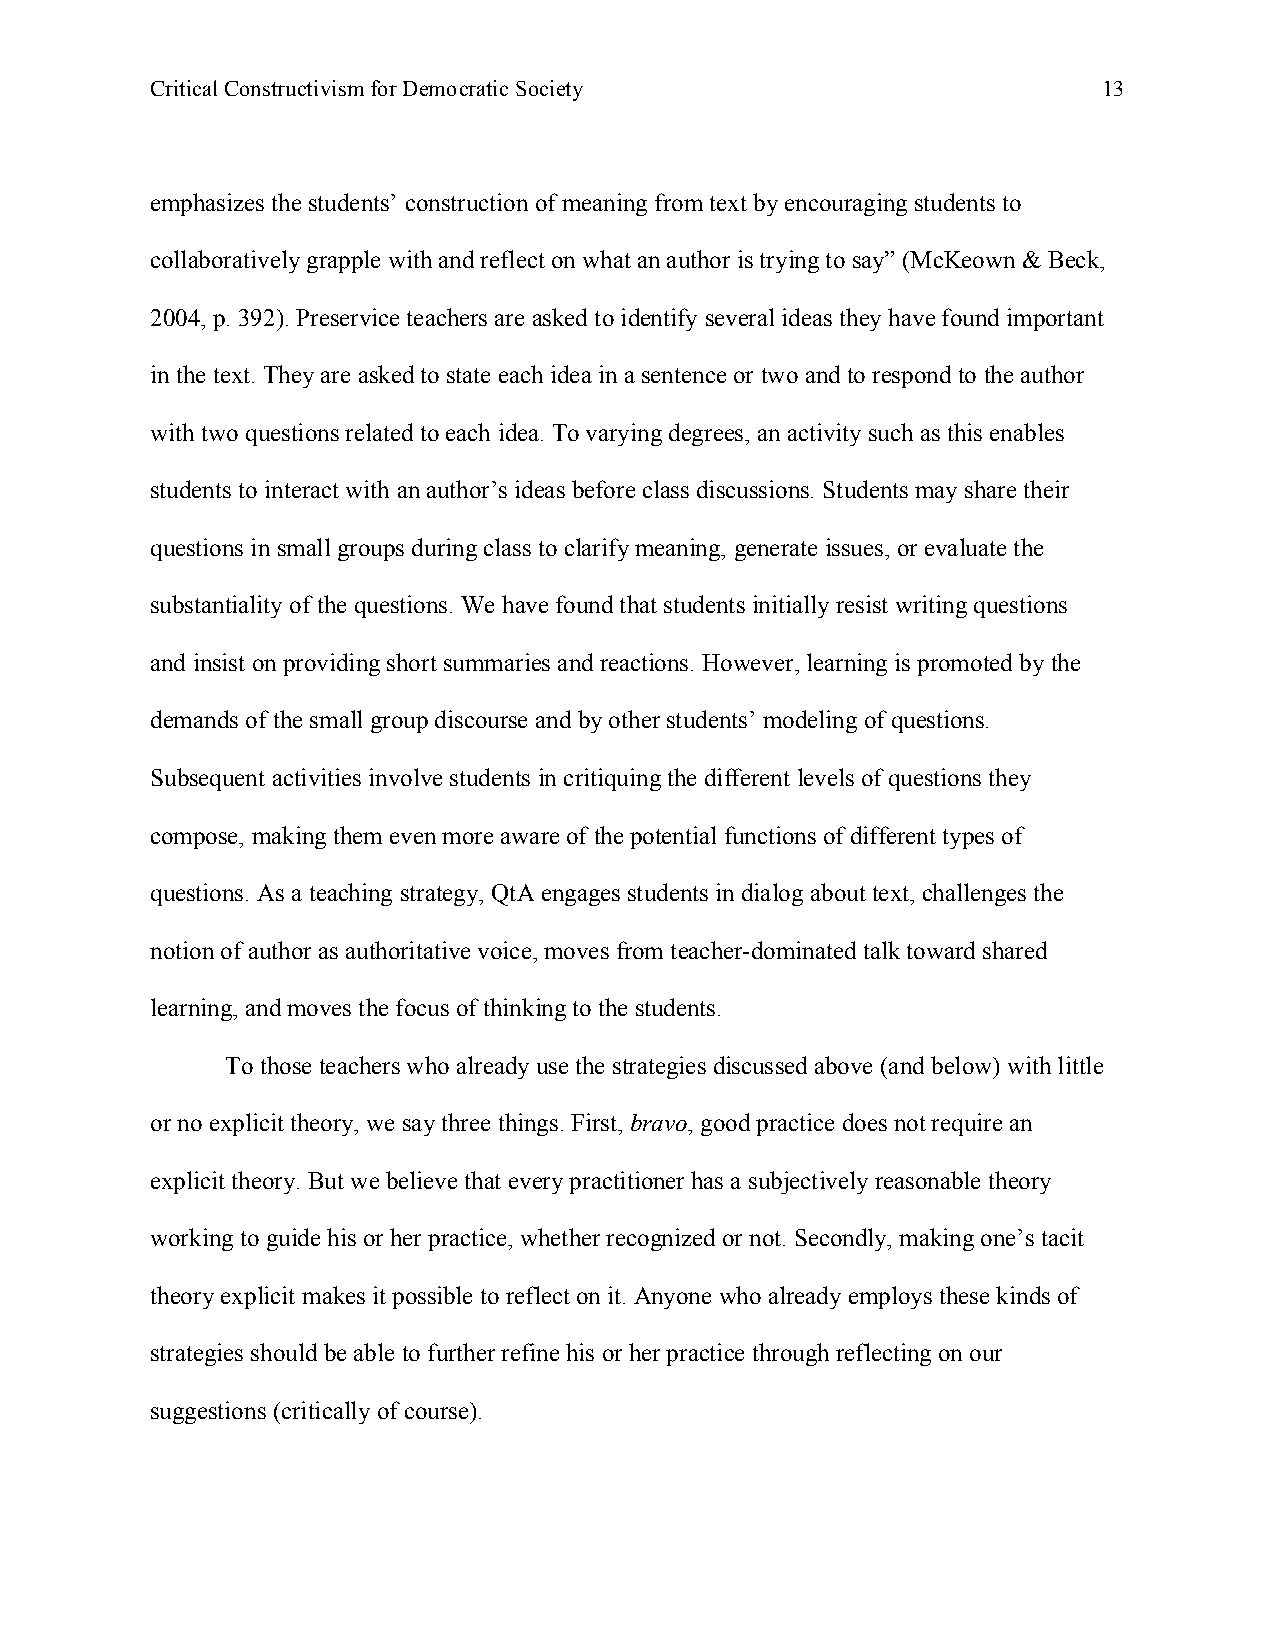
Critical Constructivism for Democratic Society                 13
 emphasizes the students’ construction of meaning from text by encouraging students to
 collaboratively grapple with and reflect on what an author is trying to say” (McKeown & Beck,
 2004, p. 392). Preservice teachers are asked to identify several ideas they have found important
 in the text. They are asked to state each idea in a sentence or two and to respond to the author
 with two questions related to each idea. To varying degrees, an activity such as this enables
 students to interact with an author’s ideas before class discussions. Students may share their
 questions in small groups during class to clarify meaning, generate issues, or evaluate the
 substantiality of the questions. We have found that students initially resist writing questions
 and insist on providing short summaries and reactions. However, learning is promoted by the
 demands of the small group discourse and by other students’ modeling of questions.
 Subsequent activities involve students in critiquing the different levels of questions they
 compose, making them even more aware of the potential functions of different types of
 questions. As a teaching strategy, QtA engages students in dialog about text, challenges the
 notion of author as authoritative voice, moves from teacher-dominated talk toward shared
 learning, and moves the focus of thinking to the students.
 To those teachers who already use the strategies discussed above (and below) with little
 or no explicit theory, we say three things. First, bravo, good practice does not require an
 explicit theory. But we believe that every practitioner has a subjectively reasonable theory
 working to guide his or her practice, whether recognized or not. Secondly, making one’s tacit
 theory explicit makes it possible to reflect on it. Anyone who already employs these kinds of
 strategies should be able to further refine his or her practice through reflecting on our
 suggestions (critically of course).